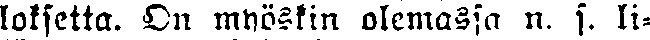
loksetta. On myöskin olemassa n. s. li-